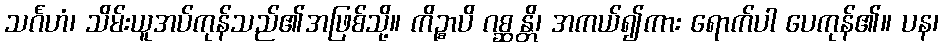
သင်္ဂဟံ၊ သိမ်းယူအပ်ကုန်သည်၏အဖြစ်သို့။ ကိဉ္စာပိ ဂစ္ဆန္တိ၊ အကယ်၍ကား ရောက်ပါ ပေကုန်၏။ ပန၊